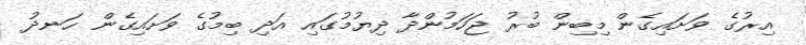
އިރުގެ ވަށައިގެން މިބިން ބުރު ޖަހަމުންދާ ދިޔުމުގައި އަދި ބިމުގެ ވަށައިގެން ހަނދު